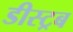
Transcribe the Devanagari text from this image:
डीस्ट्रब